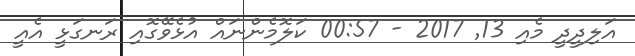
އަލިދީދީ މެއި 13